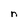
Character: n